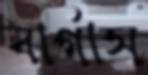
বার্গাস